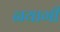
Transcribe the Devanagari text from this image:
नयागी